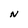
Character: N